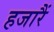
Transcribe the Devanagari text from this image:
हजारैं